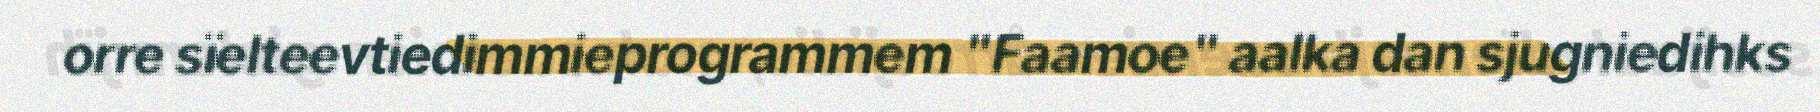
orre sïelteevtiedimmieprogrammem "Faamoe" aalka dan sjugniedihks